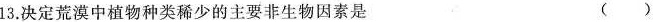
13.决定荒漠中植物种类稀少的主要非生物因素是 （）